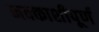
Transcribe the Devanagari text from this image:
नक्काशीपूर्ण